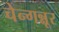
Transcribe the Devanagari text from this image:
चेन्गन्नूर